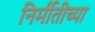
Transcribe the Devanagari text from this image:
निर्मीतीच्या